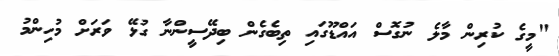
"މީގެ ކުރިން މާލެ ނުގޮސް އައްޑޫގައި ތިބެގެން ބިދޭސީންނާ ގުޅޭ ވަރަށް މުހިންމު